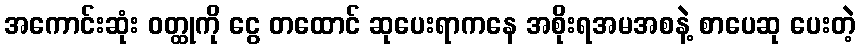
အကောင်းဆုံး ဝတ္ထုကို ငွေ တထောင် ဆုပေးရာကနေ အစိုးရအမအစနဲ့ စာပေဆု ပေးတဲ့